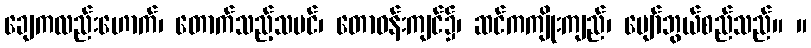
ချေကလည်းဟောက်၊ တောက်သည့်သမင်၊ တောဝန်းကျင်၌၊ ဆင်ကကျိုးကျည်၊ ပျော်ဘွယ်စည်သည်။ ။